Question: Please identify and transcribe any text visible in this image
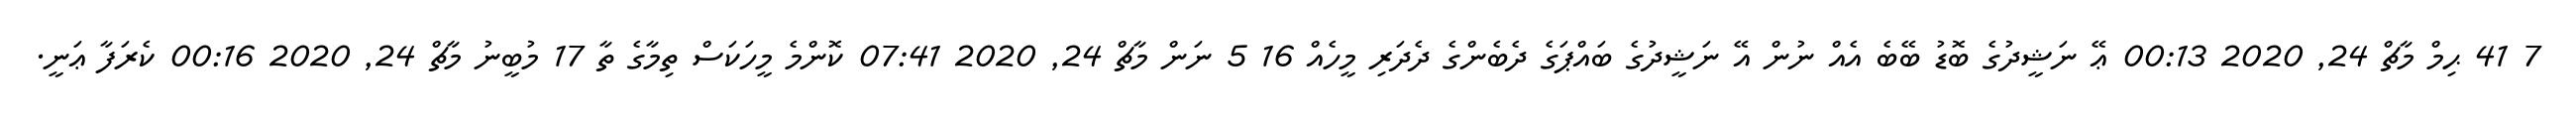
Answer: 7 41 ޙިމް މާޗް 24, 2020 00:13 ޢޭ ނަޝީދުގެ ބޮޑު ބޭބެ އެއް ނުން އޭ ނަޝީދުގެ ބައްޕަގެ ދެބެންގެ ދެދަރި މީހެއް 16 5 ނަން މާޗް 24, 2020 07:41 ކޮންމެ މީހަކަސް ތިމާގެ ތާ 17 މުބީނު މާޗް 24, 2020 00:16 ކެރަފާ ޢަނީ.